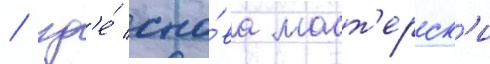
/ гд'е́ сно́ва маст'ерск'и